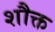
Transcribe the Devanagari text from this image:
शौक्त